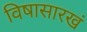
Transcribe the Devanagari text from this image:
विषासारखं